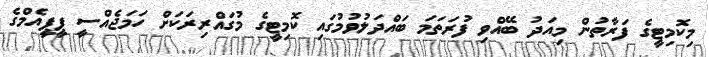
މިކޮމިޓީގެ ފަރާތުން މިއަދު ބޭއްވި ފުރަތަމަ ބައްދަލުވުމުގައި ކޮމިޓީގެ މުގައްރިރަކަށް ހަމަޖެއްސީ ޕީޕީއެމްގެ